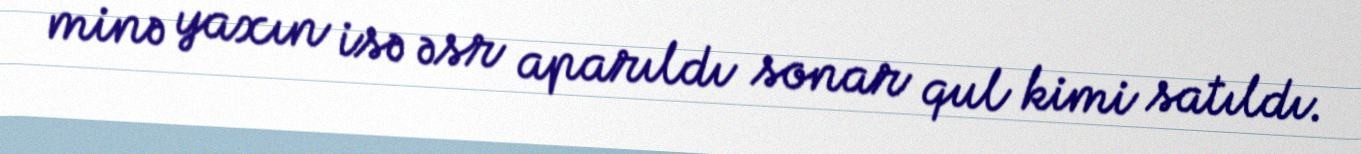
minə yaxın isə əsr aparıldı sonar qul kimi satıldı.